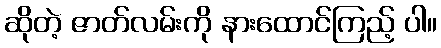
ဆိုတဲ့ ဇာတ်လမ်းကို နားထောင်ကြည့် ပါ။